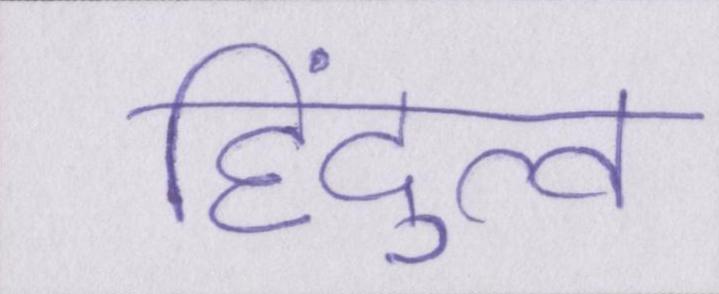
हिंदुत्व